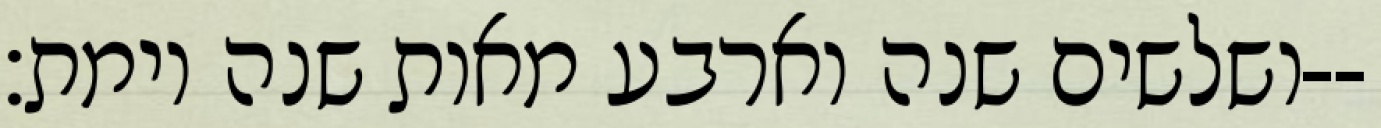
ושלשים שנה וארבע מאות שנה וימת׃--